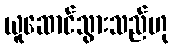
ယူဆောင်သွားသည်ဟု